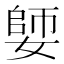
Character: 𡠋